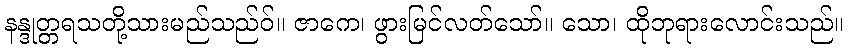
နန္ဒုတ္တရသတို့သားမည်သည်ဝ်။ ဇာကေ၊ ဖွားမြင်လတ်သော်။ သော၊ ထိုဘုရားလောင်းသည်။